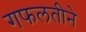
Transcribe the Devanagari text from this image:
गफलतीने